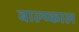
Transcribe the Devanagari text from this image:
बाल्य्काल